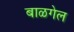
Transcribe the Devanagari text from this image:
बाळगेल